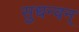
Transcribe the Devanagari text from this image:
सुधन्वन्‌